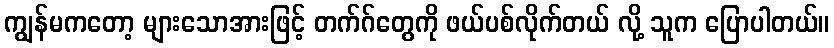
ကျွန်မကတော့ များသောအားဖြင့် တက်ဂ်တွေကို ဖယ်ပစ်လိုက်တယ် လို့ သူက ပြောပါတယ်။